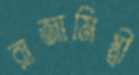
রাজামিস্ত্রী